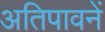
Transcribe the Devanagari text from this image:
अतिपावनें